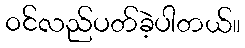
ဝင်လည်ပတ်ခဲ့ပါတယ်။